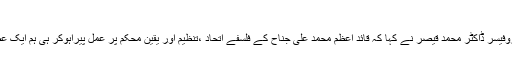
ڈاکٹر قیصر
کراچی:(نیوزآن لائن)جامعہ کراچی کے وائس چانسلر پروفیسر ڈاکٹر محمد قیصر نے کہا کہ قائد اعظم محمد علی جناح کے فلسفے اتحاد ،تنظیم اور یقین محکم پر عمل پیراہوکر ہی ہم ایک عظیم فلاحی ریاست کا خواب شرمندہ تعبیر کرسکتے ہیں۔